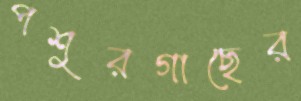
পশুরগাছের